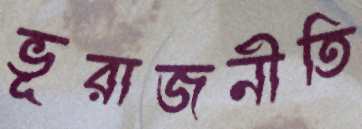
ভূরাজনীতি